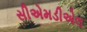
સીએમડીએલ